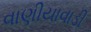
વાણીયાવાડી